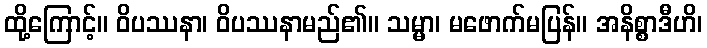
ထို့ကြောင့်။ ဝိပဿနာ၊ ဝိပဿနာမည်၏။ သမ္မာ၊ မဖောက်မပြန်။ အနိစ္စာဒီဟိ၊